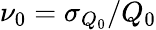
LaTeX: \nu_{0}=\sigma_{Q_{0}}/Q_{0}